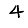
Digit: 4